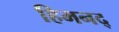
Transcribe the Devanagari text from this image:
हिमनद्